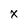
Character: x